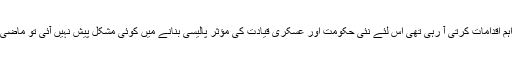
چونکہ موجودہ عسکری قیادت خطے کے بدلتے حالات اور تقاضوں کے تناظر میں پہلے ہی سے بعض اہم اقدامات کرتی آ رہی تھی اس لئے نئی حکومت اور عسکری قیادت کی مؤثر پالیسی بنانے میں کوئی مشکل پیش نہیں آئی تو ماضی کے برعکس اس بار سول اور ملٹری قیادت افغان ایشوز پر یکسو ہو کر ایک صفحے پر کھڑی نظر آئیں۔